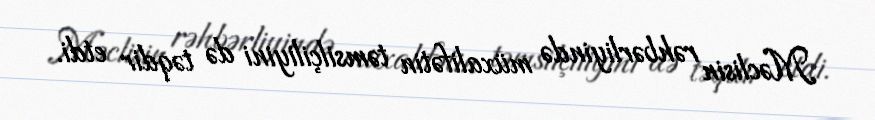
Məclisin rəhbərliyində müxalifətin təmsilçiliyini də təqdir etdi.